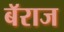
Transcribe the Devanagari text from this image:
बॅराज